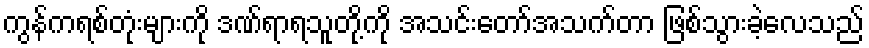
ကွန်ကရစ်တုံးများကို ဒဏ်ရာရသူတို့ကို အသင်းတော်အသက်တာ ဖြစ်သွားခဲ့လေသည်